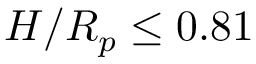
H / R _ { p } \leq 0 . 8 1